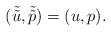
LaTeX: \begin{align*}(\tilde{\tilde{u}},\tilde{\tilde{p}})=(u,p).\end{align*}